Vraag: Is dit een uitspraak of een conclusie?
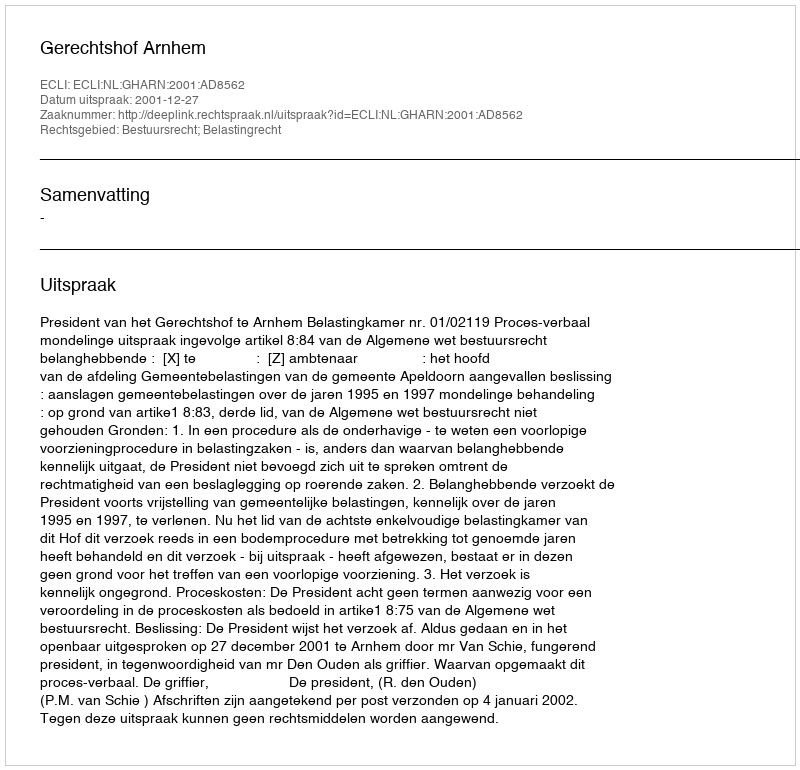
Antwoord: Uitspraak